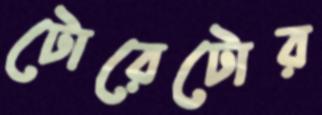
টোরেটোর